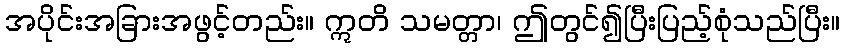
အပိုင်းအခြားအဖွင့်တည်း။ ဣတိ သမတ္တာ၊ ဤတွင်၍ပြီးပြည့်စုံသည်ပြီး။